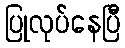
ပြုလုပ်နေပြီ